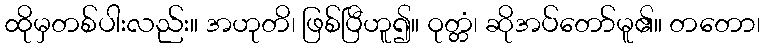
ထိုမှတစ်ပါးလည်း။ အဟုတိ၊ ဖြစ်ပြီဟူ၍။ ဝုတ္တံ၊ ဆိုအပ်တော်မူ၏။ တတော၊